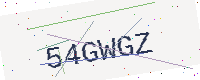
Text: 54GWGZ